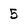
Character: 5